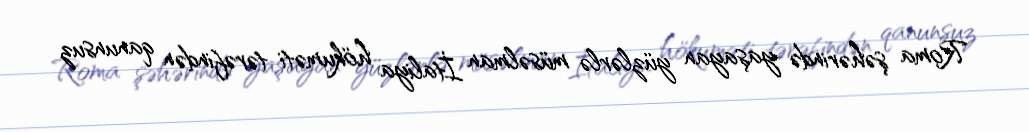
Roma şəhərində yaşayan yüzlərlə müsəlman İtaliya hökuməti tərəfindən qanunsuz